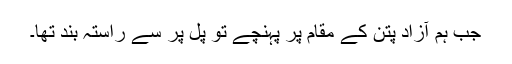
جب ہم آزاد پتن کے مقام پر پہنچے تو پُل پر سے راستہ بند تھا۔